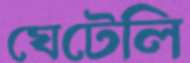
ঘেটেলি